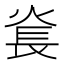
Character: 㷃